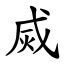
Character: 烕